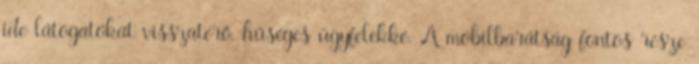
ide látogatókat visszatérő, hűséges ügyfelekké. A mobilbarátság fontos része